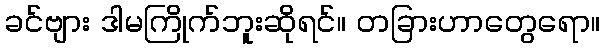
ခင်ဗျား ဒါမကြိုက်ဘူးဆိုရင်။ တခြားဟာတွေရော။